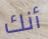
أنك